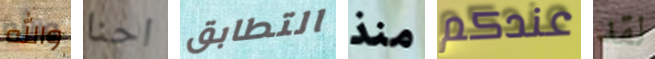
والله احنا التطابق منذ عندكم لقد